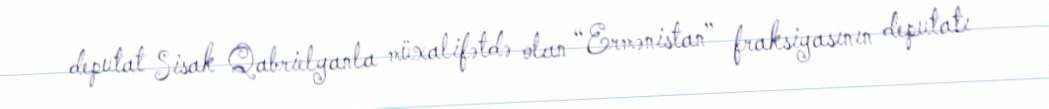
deputat Sisak Qabrielyanla müxalifətdə olan “Ermənistan” fraksiyasının deputatı